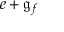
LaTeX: e + { \mathfrak { g } } _ { f }